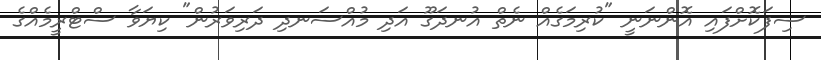
ސިފަކޮށްފައި އޮންނަނީ "ކުރިމަގެއް ނެތް އުނދަގޫ އަދި މުއްސަނދި ދަރިވަރުން" ކިޔަވާ ސްޓްރީމެއްގެ